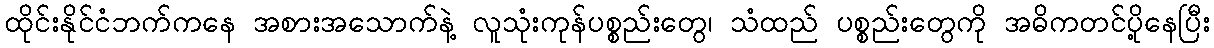
ထိုင်းနိုင်ငံဘက်ကနေ အစားအသောက်နဲ့ လူသုံးကုန်ပစ္စည်းတွေ၊ သံထည် ပစ္စည်းတွေကို အဓိကတင်ပို့နေပြီး